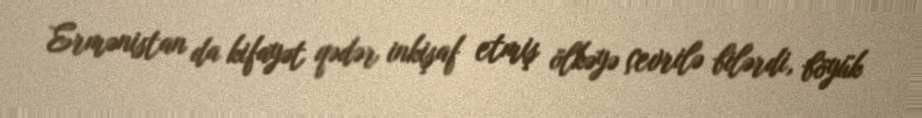
Ermənistan da kifayət qədər inkişaf etmiş ölkəyə çevrilə bilərdi, böyük